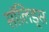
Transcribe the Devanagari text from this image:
सॉलिड्स